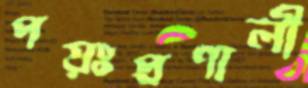
পয়ঃপ্রণালী